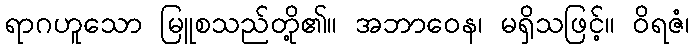
ရာဂဟူသော မြူစသည်တို့၏။ အဘာဝေန၊ မရှိသဖြင့်။ ဝိရဇံ၊